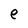
Character: e